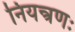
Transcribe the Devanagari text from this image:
नियन्त्रणः